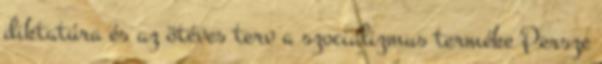
diktatúra és az ötéves terv a szocializmus terméke Persze